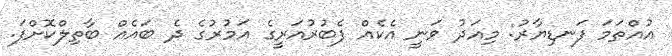
އުއްތަމަ ފަނޑިޔާރު: މިއަދު ވަނީ އެކެއް ފެބުރުއަރީގެ އަމުރުގެ ދެ ބައެއް ބާތިލްކޮށްފަ.